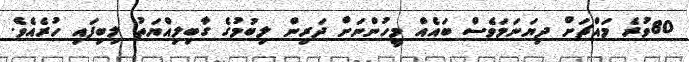
80ވުރެ މައްޗަށް ދިޔަނަމަވެސް ބައެއް މީހުންނަށް ދަރިން ލިބުމުގެ ގާބިލިއްޔަތު ލިބިފައި ހުރެއެވެ.